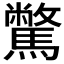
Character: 𩦉